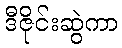
ဒီဇိုင်းဆွဲကာ